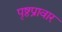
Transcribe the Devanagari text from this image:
पृष्ठप्रावार